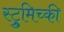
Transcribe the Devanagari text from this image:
स्ट्रुमिच्की